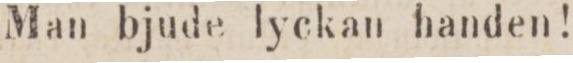
Man bjude lyckan handen!